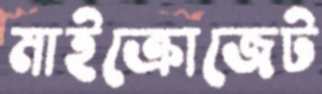
মাইক্রোজেট